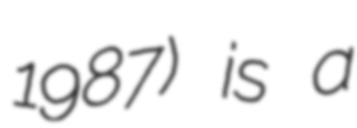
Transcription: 1987) is a